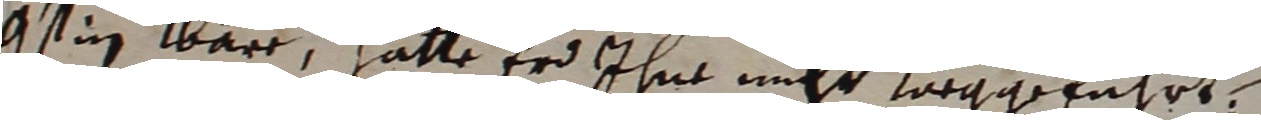
Istin were, hätte er ihm nicht vergeführt.